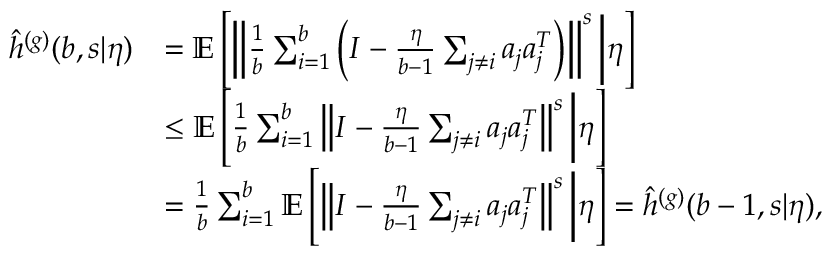
\begin{array} { r l } { \hat { h } ^ { ( g ) } ( b , s | \eta ) } & { = \mathbb { E } \left[ \left\Vert \frac { 1 } { b } \sum _ { i = 1 } ^ { b } \left( I - \frac { \eta } { b - 1 } \sum _ { j \neq i } a _ { j } a _ { j } ^ { T } \right) \right\Vert ^ { s } \bigg | \eta \right] } \\ & { \leq \mathbb { E } \left[ \frac { 1 } { b } \sum _ { i = 1 } ^ { b } \left\Vert I - \frac { \eta } { b - 1 } \sum _ { j \neq i } a _ { j } a _ { j } ^ { T } \right\Vert ^ { s } \bigg | \eta \right] } \\ & { = \frac { 1 } { b } \sum _ { i = 1 } ^ { b } \mathbb { E } \left[ \left\Vert I - \frac { \eta } { b - 1 } \sum _ { j \neq i } a _ { j } a _ { j } ^ { T } \right\Vert ^ { s } \bigg | \eta \right] = \hat { h } ^ { ( g ) } ( b - 1 , s | \eta ) , } \end{array}